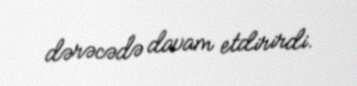
dərəcədə davam etdirirdi.